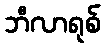
ဘီလာရုစ်